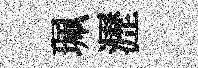
珮瀝